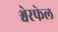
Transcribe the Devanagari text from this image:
श्वेरफेल